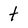
Character: t